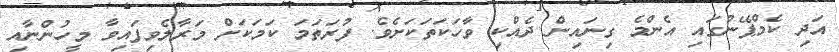
އަދި ކެމްޕޭނުގައި އެންމެ ގިނައިން ދެއްކި ވާހަކަތަކަށެވެ. ފުރަތަމަ ކަމަކަށް މަރާލެވިފައިވާ މީހުންނާއި